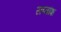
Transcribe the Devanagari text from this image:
सप्तांश